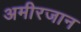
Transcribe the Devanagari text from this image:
अमीरजान